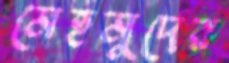
মেহমুদের